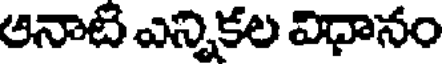
అనాటి ఎన్నికల విదానం